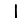
Digit: 1